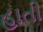
હાતી